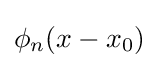
\phi _{n}(x-x_{0})